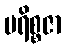
ပရိစ္စဇာ